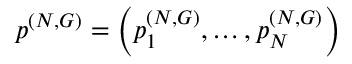
\boldsymbol { p } ^ { ( N , G ) } = \left( p _ { 1 } ^ { ( N , G ) } , \dots , p _ { N } ^ { ( N , G ) } \right)